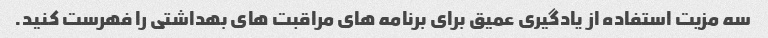
سه مزیت استفاده از یادگیری عمیق برای برنامه های مراقبت های بهداشتی را فهرست کنید.